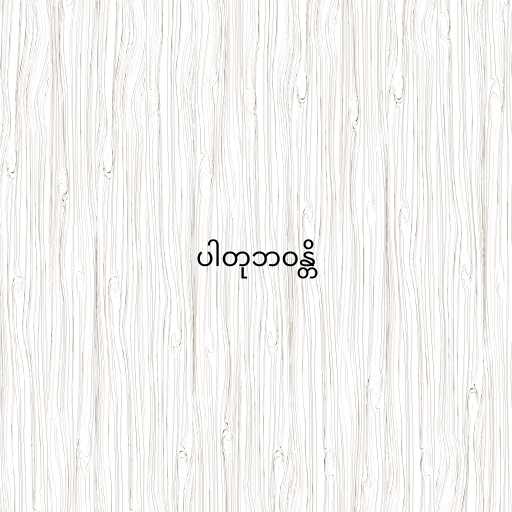
ပါတုဘဝန္တိ